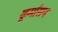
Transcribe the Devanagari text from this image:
कूर्मासन